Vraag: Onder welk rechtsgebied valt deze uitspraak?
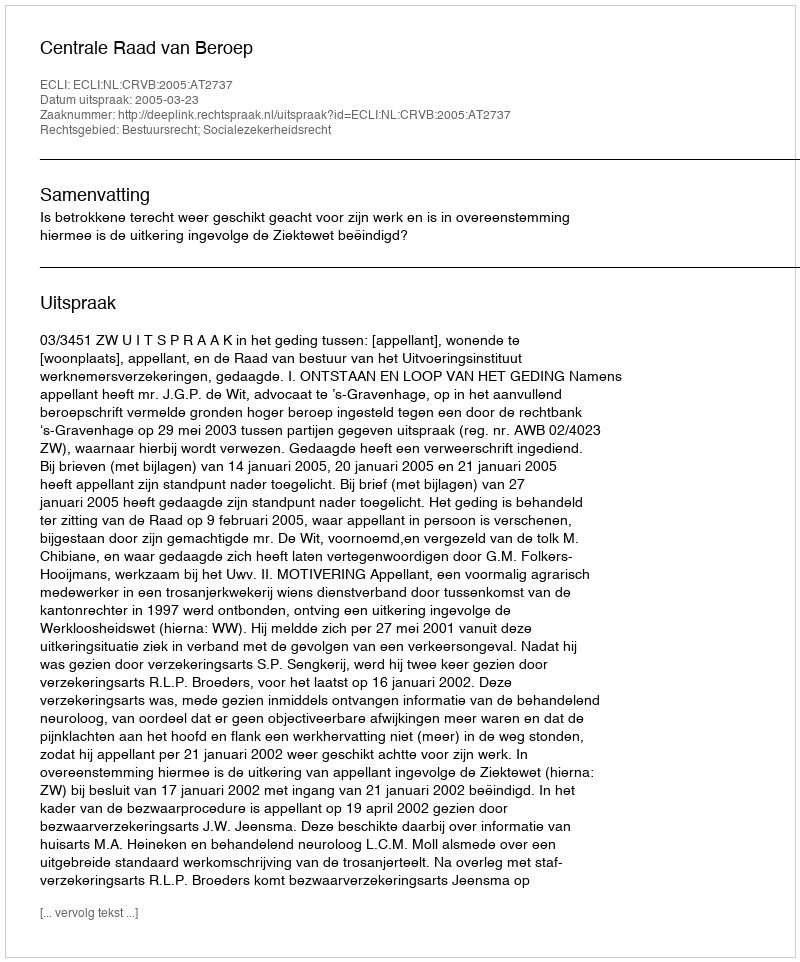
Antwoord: Bestuursrecht; Socialezekerheidsrecht